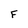
Character: F